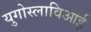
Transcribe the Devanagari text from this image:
युगोस्लाविआई